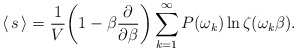
\begin{align*}\langle\,s\,\rangle=\frac{1}{V}\biggl(1-\beta\frac{\partial}{\partial\beta}\biggr)\sum_{k=1}^{\infty}P(\omega_{k})\ln\zeta(\omega_{k}\beta).\end{align*}